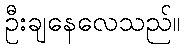
ဦးချနေလေသည်။